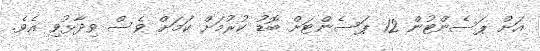
އަށް ޕަސެންޓުން 12 ޕަސެންޓަށް ބޮޑު ކުރުމަށް ކަމަށް ވެސް ވިދާޅުވި އެވެ.